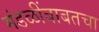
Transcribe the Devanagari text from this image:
मंडळींबाबतचा